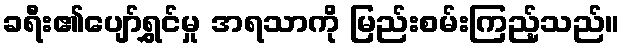
ခရီး၏ပျော်ရွှင်မှု အရသာကို မြည်းစမ်းကြည့်သည်။